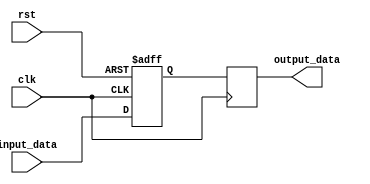
module burst_synchronizer (
    input wire clk,
    input wire rst,
    input wire [DATA_WIDTH-1:0] input_data,
    output reg [DATA_WIDTH-1:0] output_data
);

parameter DATA_WIDTH = 8; // Define the width of the data bus

reg [DATA_WIDTH-1:0] sync_data;

always @(posedge clk or posedge rst) begin
    if (rst) begin
        sync_data <= 0;
    end else begin
        sync_data <= input_data;
    end
end

always @(posedge clk) begin
    output_data <= sync_data;
end

endmodule